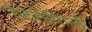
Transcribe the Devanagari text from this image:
हेटेरोफिली